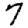
Digit: 7